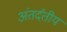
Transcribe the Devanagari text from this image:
अंतर्दंतीय